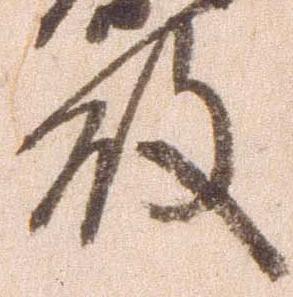
殿